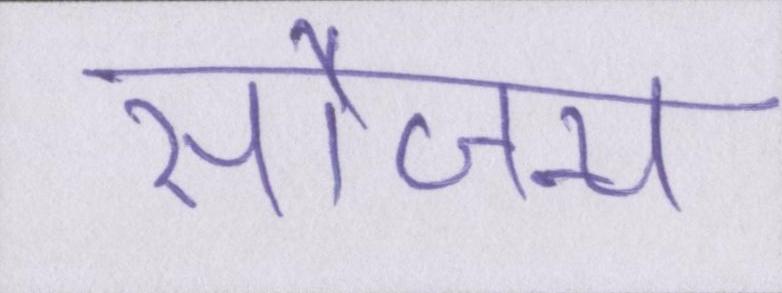
सौजन्य